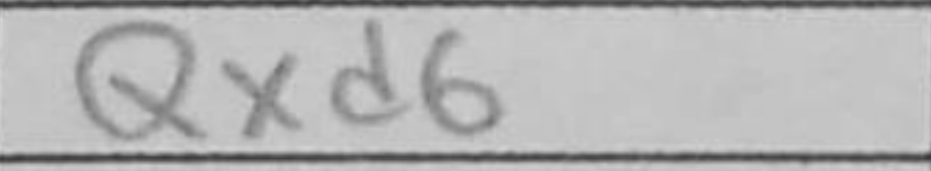
Transcription: Qxd6